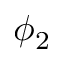
\phi _ { 2 }